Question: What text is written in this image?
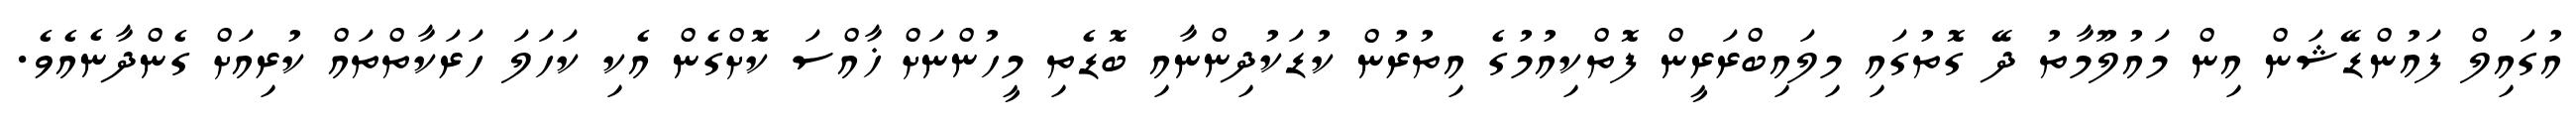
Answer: އުގައިލް ފައުންޑޭޝަން އިން މައުލޫމާތު ދޭ ގޮތުގައި މިލައިބްރަރީން ފޮތްކިއުމުގެ އިތުރުން ކުޑަކުދިންނާއި ބޮޑެތި މީހުންނަށް ޚާއްސަ ކޮށްގެން އެކި ކަހަލަ ހަރަކާތްތައް ކުރިއަށް ގެންދާނެއެވެ.